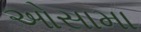
ઓસામા